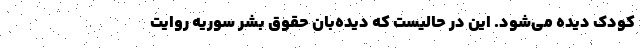
کودک دیده می‌شود. این در حالیست که دیده‌بان حقوق بشر سوریه روایت